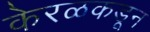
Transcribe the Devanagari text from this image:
केरळकडून